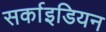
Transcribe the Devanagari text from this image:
सर्काइडियन